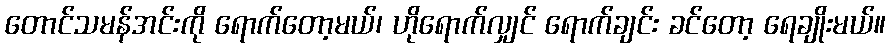
တောင်သမန်အင်းကို ရောက်တော့မယ်၊ ဟိုရောက်လျှင် ရောက်ချင်း ခင်တော့ ရေချိုးမယ်။